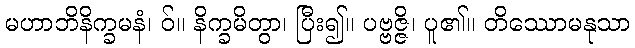
မဟာဘိနိက္ခမနံ၊ ဝ်။ နိက္ခမိတွာ၊ ပြီး၍။ ပဗ္ဗဇ္ဇိ၊ ပူ၏။ တိဿောမနုသာ